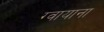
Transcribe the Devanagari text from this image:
ग्वायाना